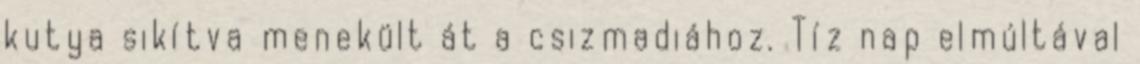
kutya sikítva menekült át a csizmadiához. Tíz nap elmúltával